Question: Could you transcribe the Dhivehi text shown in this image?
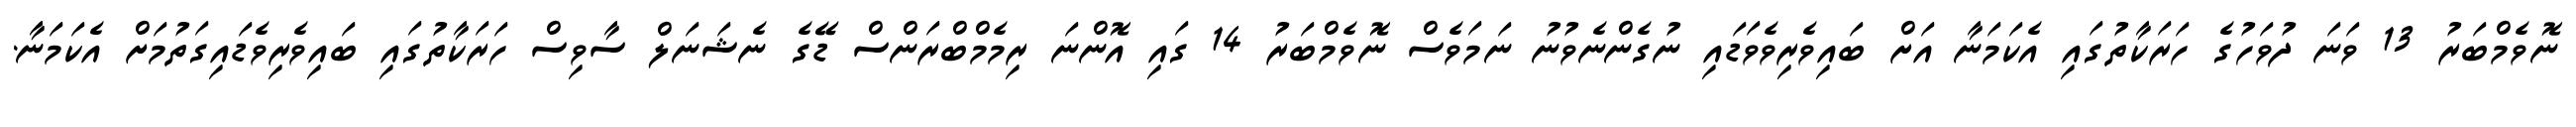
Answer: ނޮވެމްބަރު 13 ވަނަ ދުވަހުގެ ހަރަކާތުގައި އެކަމަނާ އަށް ބައިވެރިވެވަޑައި ނުގެންނެވުނު ނަމަވެސް ނޮވެމްބަރު 14 ގައި އޮންނަ ރިމެމްބްރަންސް ޑޭގެ ނެޝަނަލް ސާވިސް ހަރަކާތުގައި ބައިވެރިވެޑައިގަތުމަށް އެކަމަނާ.